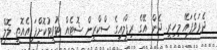
ދެރަވެފައޭ މިހިރީ. ދެން އޭގެ ރިޕްލައިގެ ސްކްރީން ޝޮޓެއް ޓުވީޓުކޮށްފަ އެއޮތީ. ލޮލް